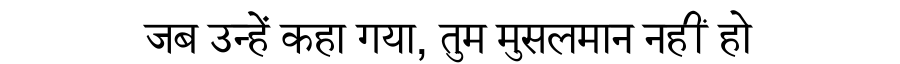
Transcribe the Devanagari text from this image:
जब उन्हें कहा गया, तुम मुसलमान नहीं हो